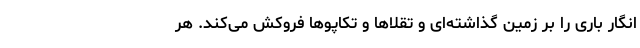
انگار باری را بر زمین گذاشته‌ای و تقلاها و تکاپوها فروکش می‌کند. هر